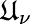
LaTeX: \mathfrak{U}_{\nu}